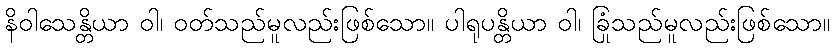
နိဝါသေန္တိယာ ဝါ၊ ဝတ်သည်မူလည်းဖြစ်သော။ ပါရုပန္တိယာ ဝါ၊ ခြုံသည်မူလည်းဖြစ်သော။